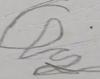
Signature authenticity: forged